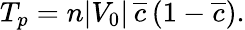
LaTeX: \begin{array}{l}{\displaystyle{T_{p}=n|V_{0}|\, \overline{{c}}\, (1-\overline{{c}}).}}\end{array}